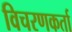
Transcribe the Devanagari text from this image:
विचरणकर्ता